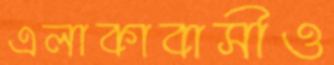
এলাকাবাসীও